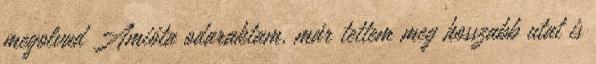
megolvad Amióta odaraktam, már tettem meg hosszabb utat is